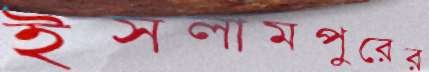
ইসলামপুরের